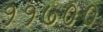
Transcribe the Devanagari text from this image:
११७००